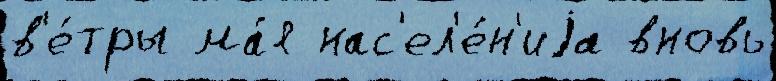
в'е́тры ма́я нас'ел'е́н'иjа вновь